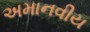
અમાનવીય